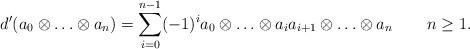
LaTeX: \begin{align*}d'(a_0\otimes\ldots\otimes a_n) &= \sum_{i=0}^{n-1} (-1)^i a_0 \otimes \ldots \otimes a_ia_{i+1} \otimes \ldots \otimes a_n && n \geq 1.\end{align*}